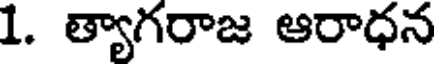
1. త్యాగరాజ ఆరాధన